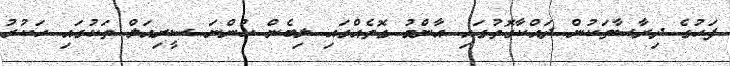
ފަހުގެ ދިރާސާތަކުން ދައްކާގޮތުގައި އާންމު ގޮތެއްގައި ލިބެން ހުންނަ ސީރިއަލް ތަކުގައި ހަކުރު